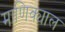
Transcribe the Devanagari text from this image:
माणिक्याल